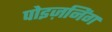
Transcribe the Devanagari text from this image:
पोइज़निंग